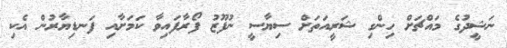
ނަޝީދުގެ މައްޗަށް ހިންގި ޝަރީއަތަށް ސިޔާސީ ނުފޫޒު ފޯރާފައިވާ ކަމަށާއި ފަނޑިޔާރުން އެކި